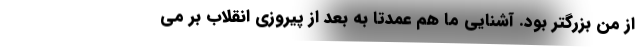
از من بزرگتر بود. آشنایی ما هم عمدتا به بعد از پیروزی انقلاب بر می